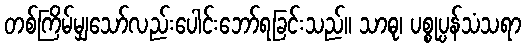
တစ်ကြိမ်မျှသော်လည်းပေါင်းဘော်ရခြင်းသည်။ သာဓု၊ ပစ္စုပ္ပန်သံသရာ